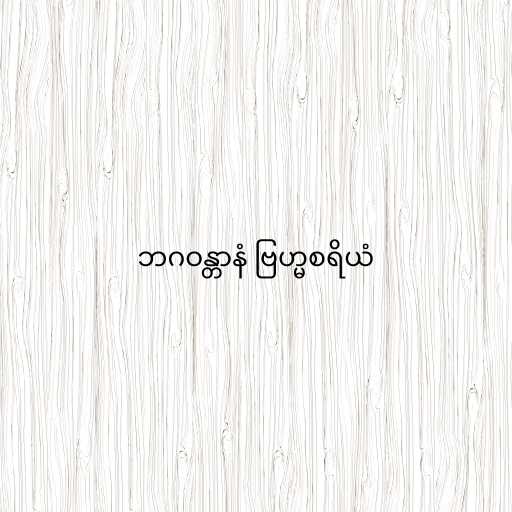
ဘဂဝန္တာနံ ဗြဟ္မစရိယံ